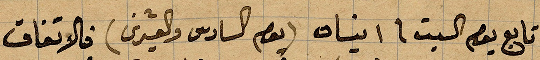
تابع يوم السبت في ١ نيسان (يوم السادس والعشرين) فالاتفاق